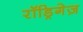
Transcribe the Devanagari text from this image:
रॉड्रिगेज़